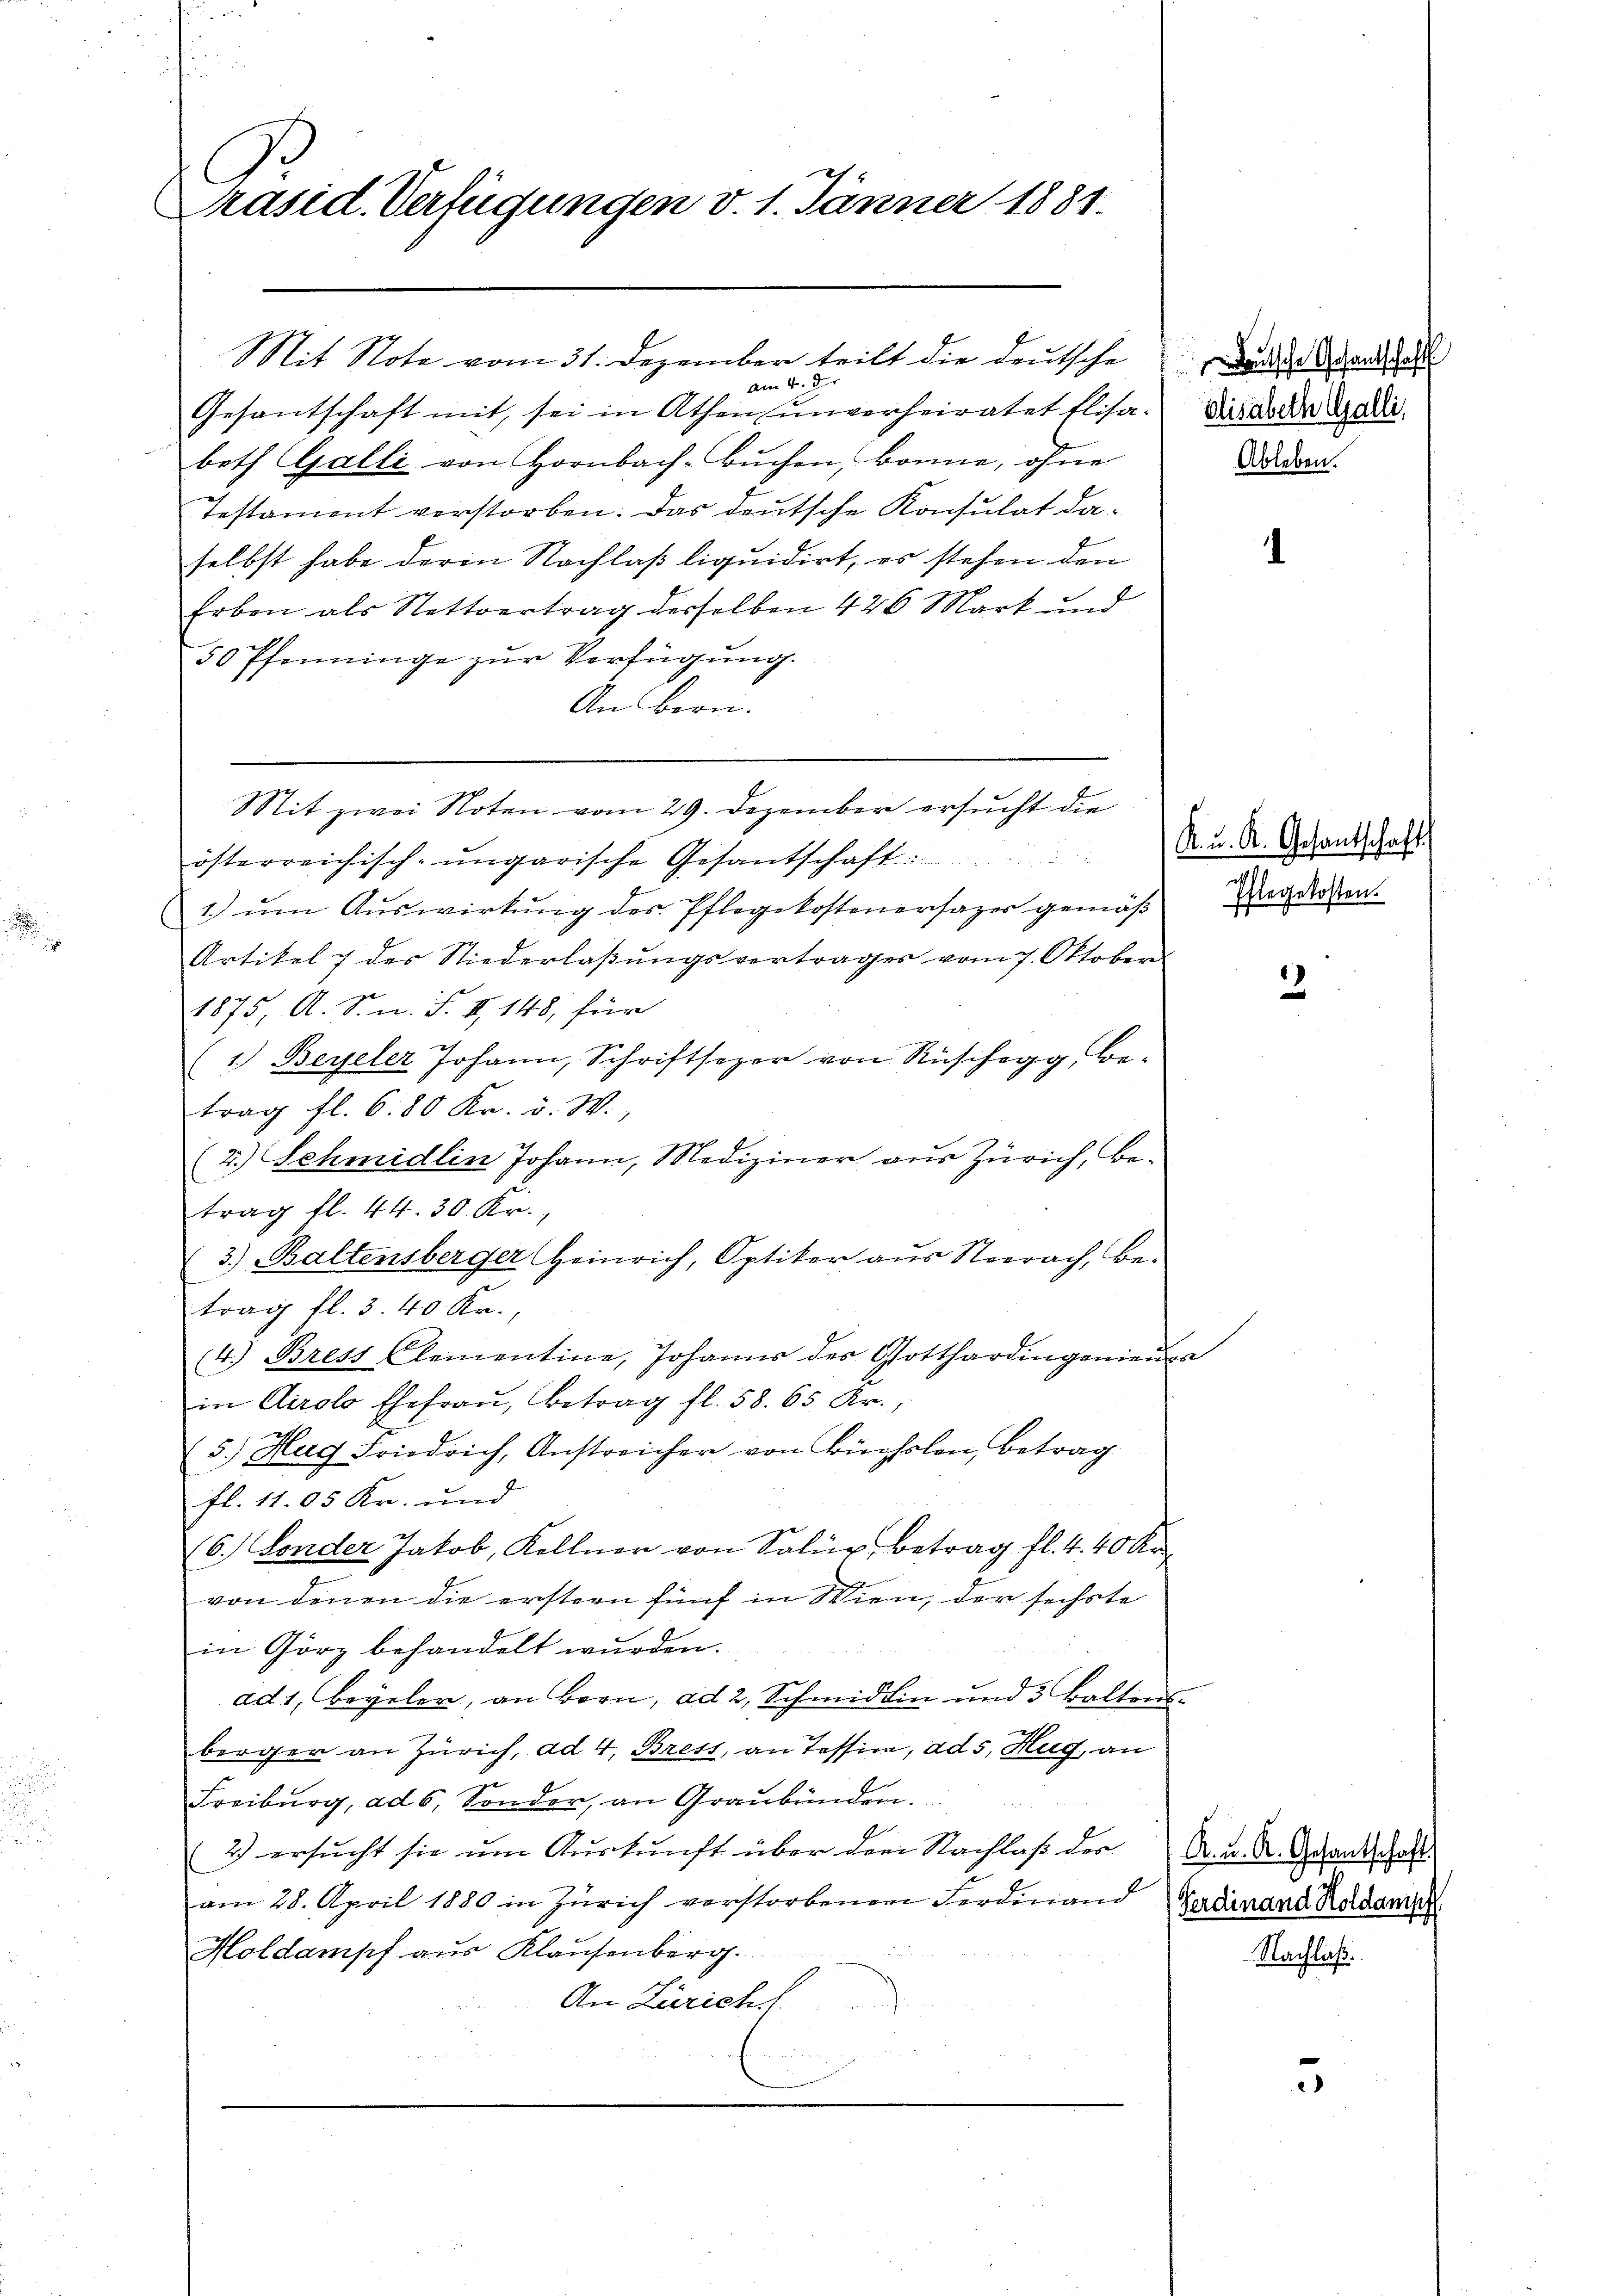
Präsid. Verfügungen v. 1. Jänner 1881.

am 4. der
Gesantschaft mit, sei in Athen unverheiratet Elisa. Die Dolde Gradi
beth Galli von Hornbach-Bŭchen, könne, ohne
Testament verstorben. Das deutsche Konsulat daselbst habe deren Nachlaß liquidirt, es stehen den
Erben als Nettvertrag derselben 426 Mark und
50 Pfenninge zur Verfügung.
An Bern.
Sit zwei Noten vom 29. Dezember ersucht die
österreichisch-ungarische Gesantschaft:
1.) um Auswirkung des Pflegekostenersazer gemäß
Artikel 7 des Niederlaβŭngsvertrages vom 7. Oktober
1875, A. S. n. F. II 148, für
(1) Beyeler Johann, Schriftsezer von Rüschegg, be-
trag fl. 6. 80 Kr. v. W.,
(2.) Schmidlin Johann, Mediziner aus Zürich, Betrag fl. 44. 30. Kr.
3.) Baltensberger Heinrich, Optiker aus Neerach, Betrag fl. 3 40 Kr.,
(4.) Bress Kleinentine, Johanns der Gotthardingenieur
in Airolo Ehefrau, Betrag fl. 58. 65 Kr.,
5.) Hug Friedrich, Anstreicher von Büchslen, Betrag
fl. 11. 05 Kr. und
(6.) Sonder Jakob, Kellner von Solig, betrag fl. 440 kr
von denen die erstern fünf in Wien, der sechste
in Görz behandelt wurden.
ad 1, Beyler, an Bern, ad 2, Schmidlin und 5 Balten.
berger an Zürich, ad 4, Bress, an Tessin, ad 5. Hug, an
Freiburg, ad 6. Sonder, an Graubünden.
2.) ersucht sie um Auskunft über den Nachlaß der A. u. A. Grandschaft
am 28. April 1880 in Zürich verstorbenen Ferdinand
Holdampf aus Klausenberg.
An Zürich

Mit Note vom 31. Dezember teilt die Deutsche der Brandidate

Ableben.

K. u. A. Gesantschaft.
Pflegekosten.

.

2

Ferdinand Holdansch

Nachließ.

3